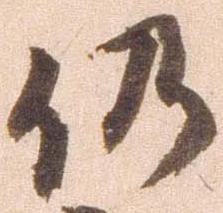
仍